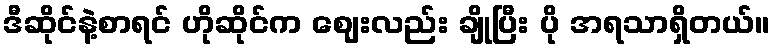
ဒီဆိုင်နဲ့စာရင် ဟိုဆိုင်က ဈေးလည်း ချိုပြီး ပို အရသာရှိတယ်။